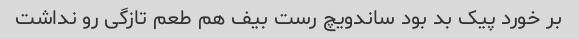
بر خورد پیک بد بود ساندویچ رست بیف هم طعم تازگی رو نداشت